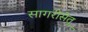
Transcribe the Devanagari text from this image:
सागरीसेतू